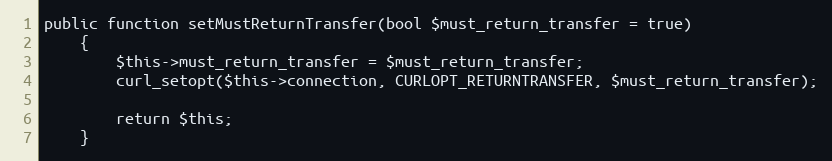
Language: PHP
public function setMustReturnTransfer(bool $must_return_transfer = true)
    {
        $this->must_return_transfer = $must_return_transfer;
        curl_setopt($this->connection, CURLOPT_RETURNTRANSFER, $must_return_transfer);

        return $this;
    }